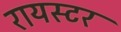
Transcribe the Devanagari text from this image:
रायस्टर